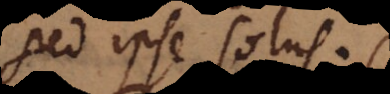
sed ipse solus.